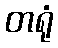
တရုံ